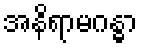
အနိရာမဂန္ဓာ